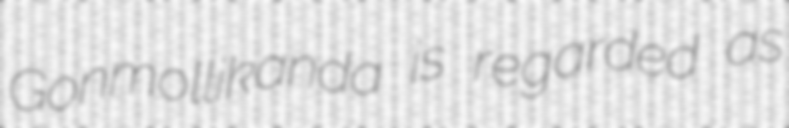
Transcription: Gonmollikanda is regarded as